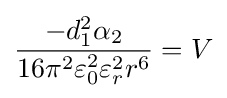
{\frac {-d_{1}^{2}\alpha _{2}}{16\pi ^{2}\varepsilon _{0}^{2}\varepsilon _{r}^{2}r^{6}}}=V